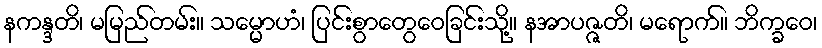
နကန္ဒတိ၊ မမြည်တမ်း။ သမ္မောဟံ၊ ပြင်းစွာတွေဝေခြင်းသို့။ နအာပဇ္ဇတိ၊ မရောက်။ ဘိက္ခဝေ၊